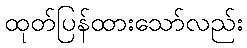
ထုတ်ပြန်ထားသော်လည်း